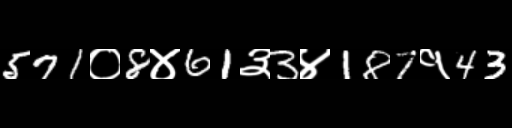
Text: 571०8४61३3४187१43